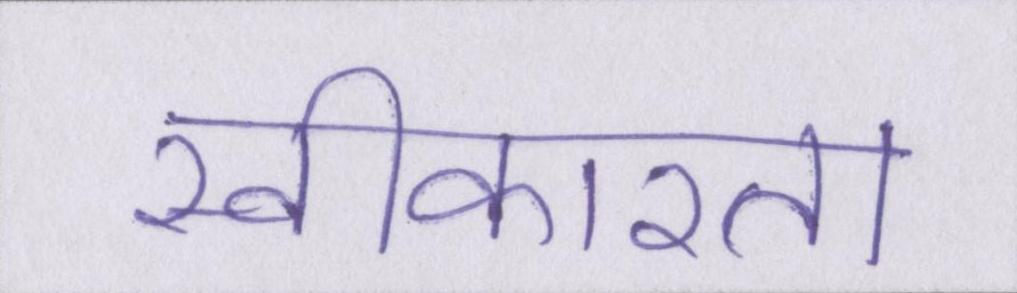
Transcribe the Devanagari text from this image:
स्वीकारता